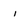
Character: i